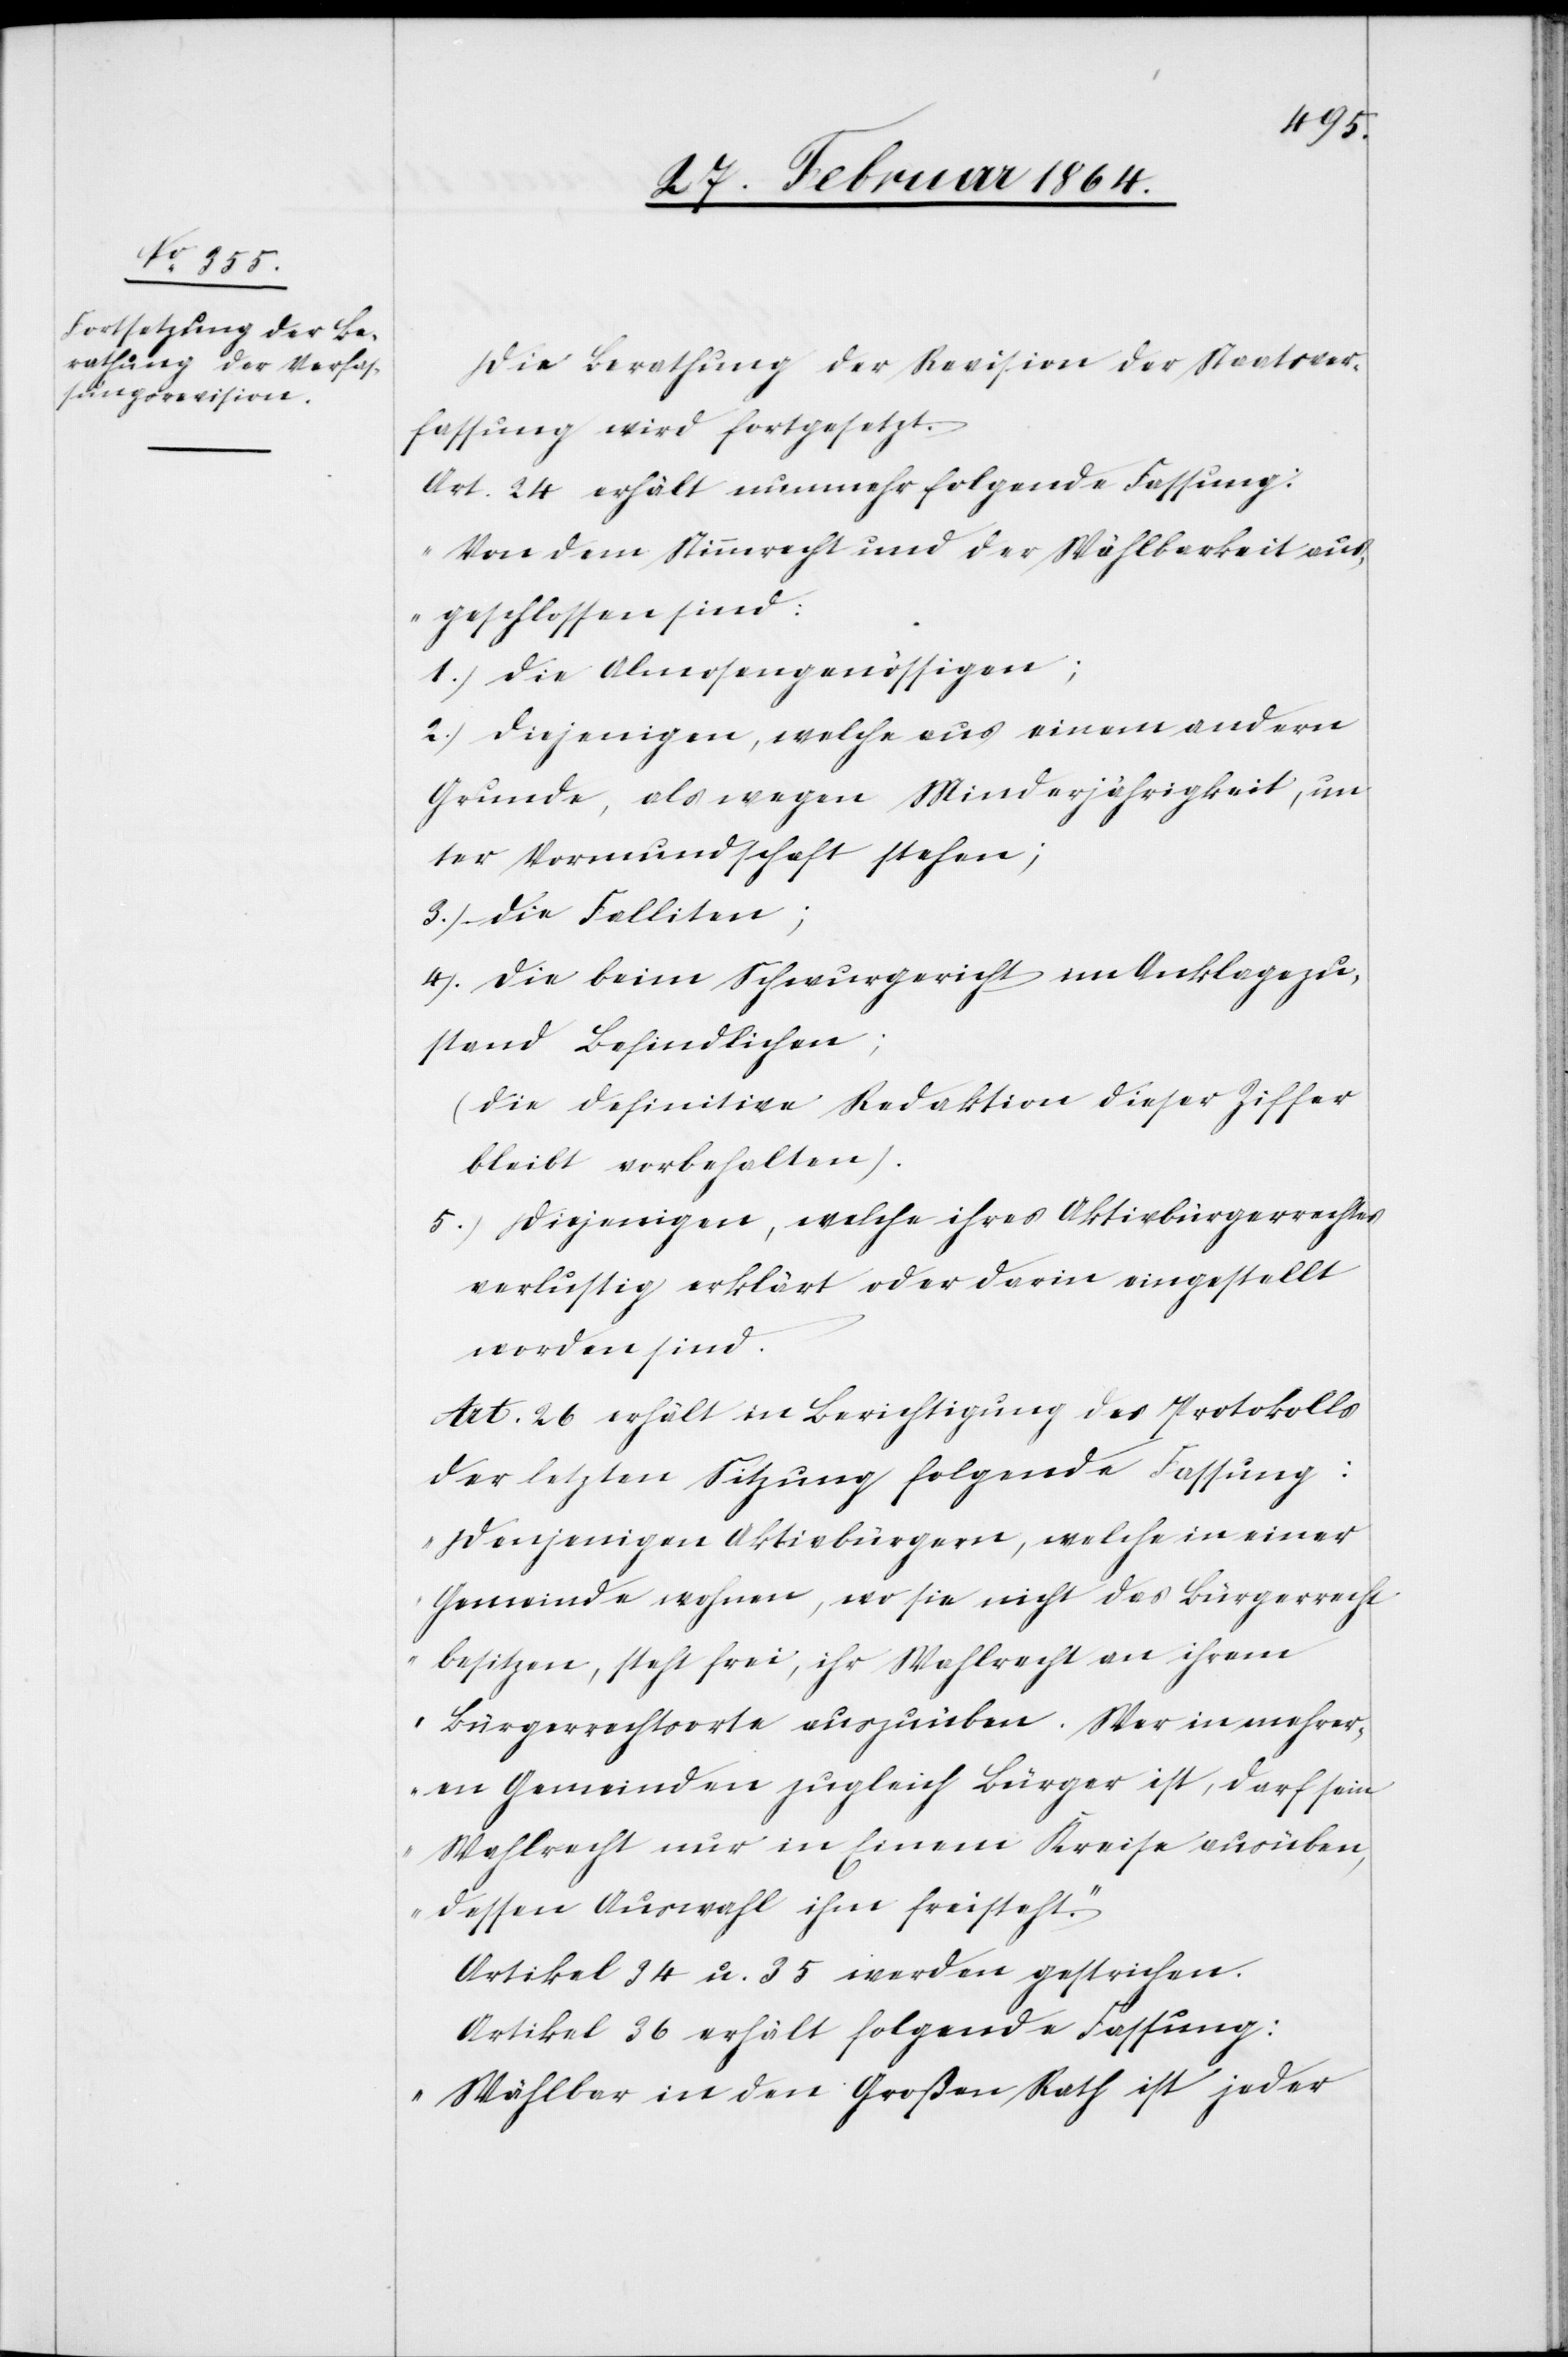
Die Berathung der Revision der Staatsver¬
fassung wird fortgesetzt.
Art. 24 erhält nunmehr folgende Fassung:
„Von dem Stimmrecht und der Wählbarkeit aus¬
geschlossen sind:
1.) Die Almosengenössigen;
2.) Diejenigen, welche aus einem andern
Grund, als wegen Minderjährigkeit, un¬
ter Vormundschaft stehen;
3.) Die Falliten;
4.) Die beim Schwurgericht im Anklagezu¬
stand Befindlichen;
(die definitive Redaktion dieser Ziffer
bleibt vorbehalten).
5.) Diejenigen, welche ihres Aktivbürgerrechtes
verlustig erklärt oder darin eingestellt
worden sind.
Art. 26 erhält in Berichtigung des Protokolls
der letzten Sitzung folgende Fassung:
„Denjenigen Aktivbürgern, welche in einer
Gemeinde wohnen, wo sie nicht das Bürgerrecht
besitzen, steht frei, ihr Wahlrecht an ihrem
Bürgerrechtsorte auszuüben. Wer in mehrer¬
en Gemeinden zugleich Bürger ist, darf sein
Wahlrecht nur in Einem Kreise ausüben,
dessen Auswahl ihm freisteht.“
Artikel 34 u. 35 werden gestrichen.
Artikel 35 erhält folgende Fassung:
„Wählbar in den Großen Rath ist jeder